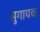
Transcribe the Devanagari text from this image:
सुगायक